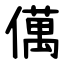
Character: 㒖